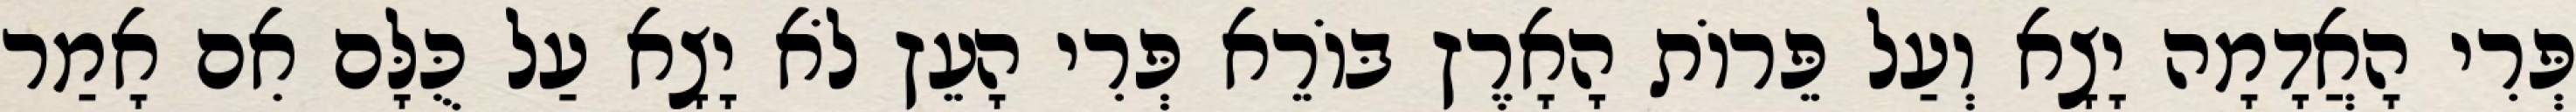
פְּרִי הָאֲדָמָה יָצָא וְעַל פֵּרוֹת הָאָרֶץ בּוֹרֵא פְּרִי הָעֵץ לֹא יָצָא עַל כֻּלָּם אִם אָמַר